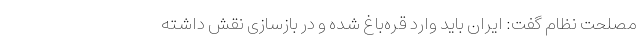
مصلحت نظام گفت: ایران باید وارد قره‌باغ شده و در بازسازی نقش داشته